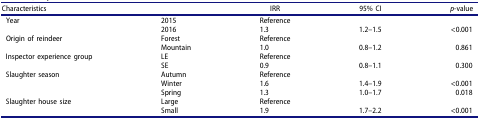
<table><thead><tr><td colspan="2"><b>Characteristics</b></td><td><b>IRR</b></td><td><b>95% CI</b></td><td><b><i>p</i>-value</b></td></tr></thead><tbody><tr><td rowspan="2">Year</td><td>2015</td><td>Reference</td><td> </td><td> </td></tr><tr><td>2016</td><td>1.3</td><td>1.2–1.5</td><td>&lt;0.001</td></tr><tr><td rowspan="2">Origin ofreindeer</td><td>Forest</td><td>Reference</td><td> </td><td> </td></tr><tr><td>Mountain</td><td>1.0</td><td>0.8–1.2</td><td>0.861</td></tr><tr><td rowspan="2">Inspector experiencegroup</td><td>LE</td><td>Reference</td><td> </td><td> </td></tr><tr><td>SE</td><td>0.9</td><td>0.8–1.1</td><td>0.300</td></tr><tr><td rowspan="3">Slaughterseason</td><td>Autumn</td><td>Reference</td><td> </td><td> </td></tr><tr><td>Winter</td><td>1.6</td><td>1.4–1.9</td><td>&lt;0.001</td></tr><tr><td>Spring</td><td>1.3</td><td>1.0–1.7</td><td>0.018</td></tr><tr><td rowspan="2">Slaughter housesize</td><td>Large</td><td>Reference</td><td> </td><td> </td></tr><tr><td>Small</td><td>1.9</td><td>1.7–2.2</td><td>&lt;0.001</td></tr></tbody></table>